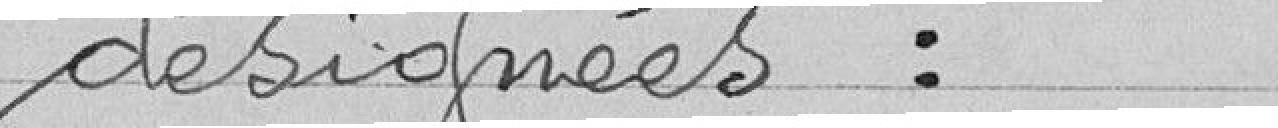
désignées :